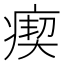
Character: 瘈